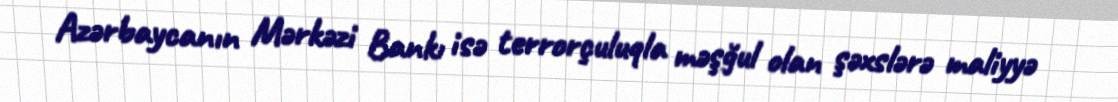
Azərbaycanın Mərkəzi Bankı isə terrorçuluqla məşğul olan şəxslərə maliyyə